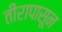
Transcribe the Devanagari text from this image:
तीरापासून